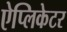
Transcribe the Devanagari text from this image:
ऐप्लिकेटर